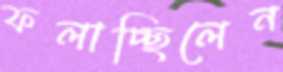
ফলাচ্ছিলেন